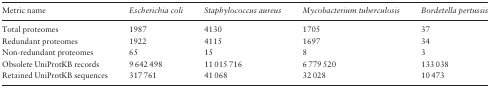
| Metric name | Escherichia coli | Staphylococcus aureus | Mycobacterium tuberculosis | Bordetella pertussis |
 | --- | --- | --- | --- | --- |
 | Total proteomes | 1987 | 4130 | 1705 | 37 |
 | Redundant proteomes | 1922 | 4115 | 1697 | 34 |
 | Non-redundant proteomes | 65 | 15 | 8 | 3 |
 | Obsolete UniProtKB records | 9 642 498 | 11 015 716 | 6 779 520 | 133 038 |
 | Retained UniProtKB sequences | 317 761 | 41 068 | 32 028 | 10 473 |